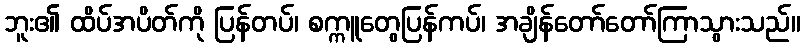
ဘူး၏ ထိပ်အပိတ်ကို ပြန်တပ်၊ စက္ကူတွေပြန်ကပ်၊ အချိန်တော်တော်ကြာသွားသည်။